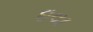
ઇવા